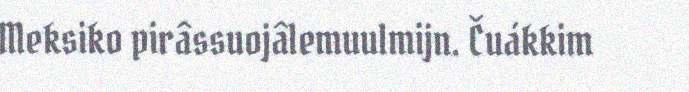
Meksiko pirâssuojâlemuulmijn. Čuákkim